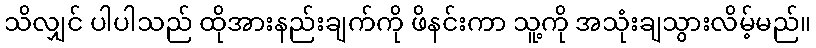
သိလျှင် ပါပါသည် ထိုအားနည်းချက်ကို ဖိနင်းကာ သူ့ကို အသုံးချသွားလိမ့်မည်။